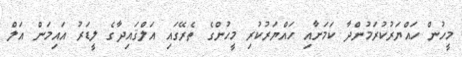
މީހުން ހައްޔަރުކުރަމުންދާ ކަމަށާއި ހައްޔަރުކުރި މީހުންގެ ތެރޭގައި އަލްޤައިދާގެ ލީޑަރު އައިމަން އަލް